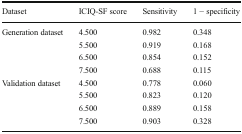
<table><thead><tr><td><b>Dataset</b></td><td><b>ICIQ-SF score</b></td><td><b>Sensitivity</b></td><td><b>1 − specificity</b></td></tr></thead><tbody><tr><td rowspan="4">Generation dataset</td><td>4.500</td><td>0.982</td><td>0.348</td></tr><tr><td>5.500</td><td>0.919</td><td>0.168</td></tr><tr><td>6.500</td><td>0.854</td><td>0.152</td></tr><tr><td>7.500</td><td>0.688</td><td>0.115</td></tr><tr><td rowspan="4">Validation dataset</td><td>4.500</td><td>0.778</td><td>0.060</td></tr><tr><td>5.500</td><td>0.823</td><td>0.120</td></tr><tr><td>6.500</td><td>0.889</td><td>0.158</td></tr><tr><td>7.500</td><td>0.903</td><td>0.328</td></tr></tbody></table>